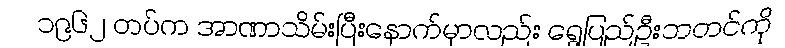
၁၉၆၂ တပ်က အာဏာသိမ်းပြီးနောက်မှာလည်း ရွှေပြည်ဦးဘတင်ကို